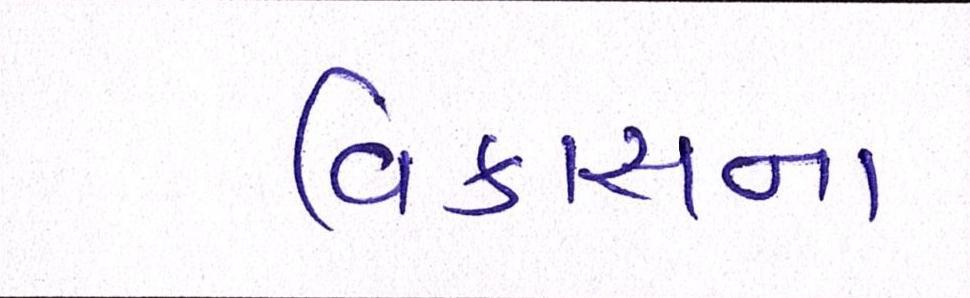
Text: વિકાસના